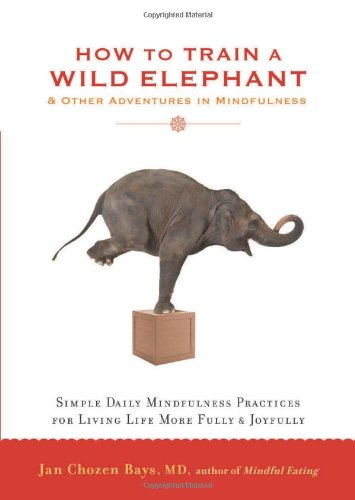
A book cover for How to Train a Wild Elephant: And Other Adventures in Mindfulness; Jan Chozen Bays; Self-Help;